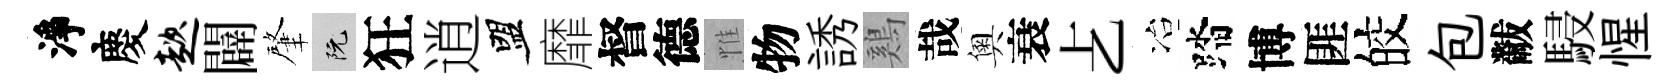
淨慶趑闢肇阮狂逍盟靡督德惟物誘鷄哉奧衰𠧒冶踏博匪皎包黻駸惺